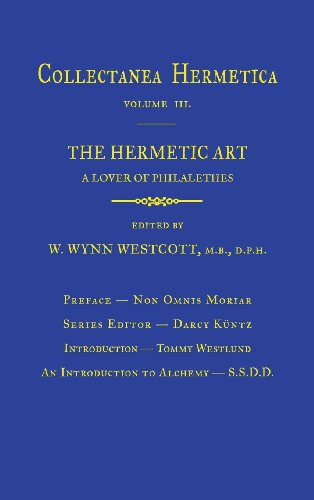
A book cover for Hermetic Art: Collectanea Hermetica Volume 3; A. Lover of Philalethes; Religion & Spirituality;